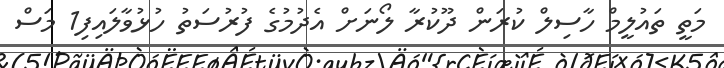
މަތީ ތައުލީމް ހާސިލް ކުރަން ދޫކުރާ ލޯނަށް އެދުމުގެ ފުރުސަތު ހުޅުވާލައިފި1 މަސް